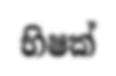
භිෂක්